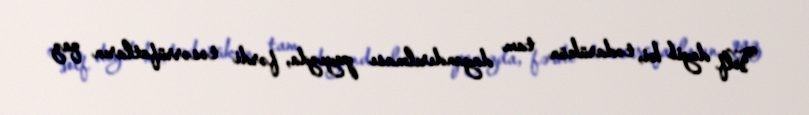
Volf deyib ki, tədarükün tam dayandırılması payızda, fərdi təsərrüfatların qaz